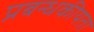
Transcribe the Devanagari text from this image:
प्रबन्धकीयता